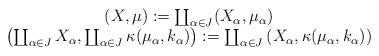
LaTeX: \begin{align*}\begin{array}{c}(X, \mu ) := \coprod _{\alpha \in J} (X_{\alpha }, \mu _{\alpha }) {} \\\left( \coprod _{\alpha \in J} X_{\alpha }, \coprod _{\alpha \in J} \kappa ( \mu _{\alpha }, k_{\alpha }) \right) := \coprod _{\alpha \in J} \left(X_{\alpha }, \kappa ( \mu _{\alpha }, k_{\alpha } ) \right) \end{array}\end{align*}